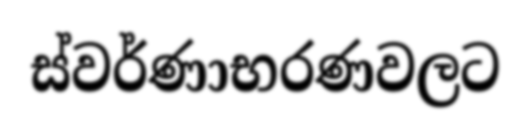
ස්වර්ණාභරණවලට